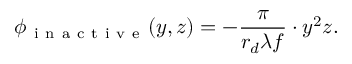
\phi _ { \mathrm { ~ i ~ n ~ a ~ c ~ t ~ i ~ v ~ e ~ } } ( y , z ) = - \frac { \pi } { r _ { d } \lambda f } \cdot y ^ { 2 } z .